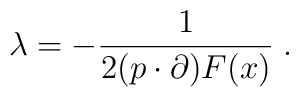
\lambda =   - \frac{1}{2 (p \cdot \partial)  F(x)} \; .